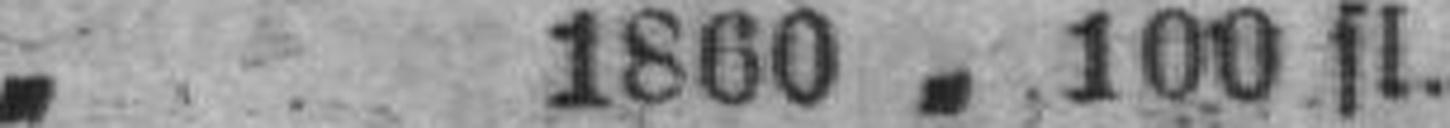
„ 1860 „ 100 fl.